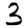
Digit: 3